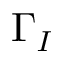
\Gamma _ { I }